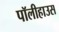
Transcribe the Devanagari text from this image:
पॉलीहाउस